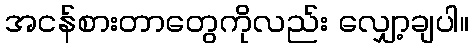
အငန်စားတာတွေကိုလည်း လျှော့ချပါ။